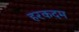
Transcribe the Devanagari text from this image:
हरकदम